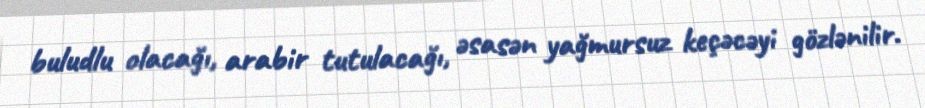
buludlu olacağı, arabir tutulacağı, əsasən yağmursuz keçəcəyi gözlənilir.